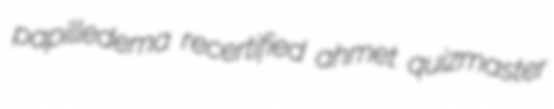
papilledema recertified ahmet quizmaster